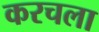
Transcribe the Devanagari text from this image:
करचला